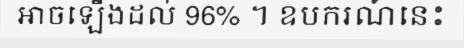
អាចឡើងដល់ 96% ។ ឧបករណ៍នេះ